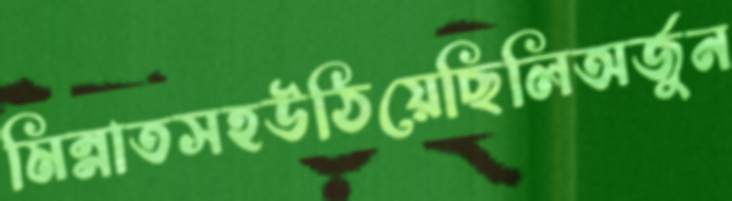
মিন্নাতসহউঠিয়েছিলিঅর্জুন